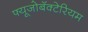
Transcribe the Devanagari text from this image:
फ्यूजोबॅक्टेरियम